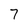
Character: 7